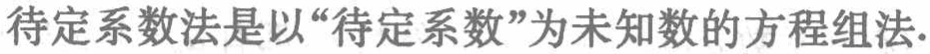
待定系数法是以“待定系数”为未知数的方程组法.